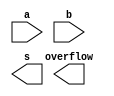
// Assume that you have two 8-bit 2's complement numbers, a[7:0] and b[7:0]. These numbers are added to produce s[7:0]. Also compute whether a (signed) overflow has occurred.

// Hint: A signed overflow occurs when adding two positive numbers produces a negative result, or adding two negative numbers produces a positive result. There are several methods to detect overflow: It could be computed by comparing the signs of the input and output numbers, or derived from the carry-out of bit n and n-1.

module top_module (
    input [7:0] a,
    input [7:0] b,
    output [7:0] s,
    output overflow
); //
 
 	// Insert your code below
    // assign s = ...
    // assign overflow = ...

endmodule